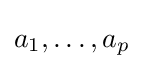
a_{1},\ldots ,a_{p}